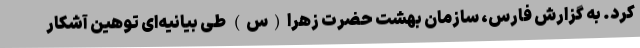
کرد. به گزارش فارس، سازمان بهشت حضرت زهرا(س) طی بیانیه‌ای توهین آشکار